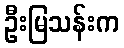
ဦးမြသန်းက